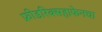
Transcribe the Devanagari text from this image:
फ्रीडरिक्सहाफेनचा